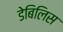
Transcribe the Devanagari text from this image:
डेबिलिस